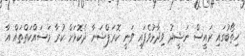
ހިތޯބުގައި ރައީސް ނަޝީދު ވިދާޅުވެފައި ވަނީ ކޮރަޕްޝަނާ ދެކޮޅަށް ކުރާ މަސައްކަތްތައް އާ